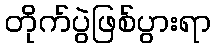
တိုက်ပွဲဖြစ်ပွားရာ